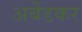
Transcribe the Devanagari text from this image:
अबेंडकर